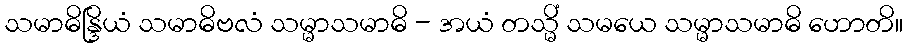
သမာဓိန္ဒြိယံ သမာဓိဗလံ သမ္မာသမာဓိ - အယံ တသ္မိံ သမယေ သမ္မာသမာဓိ ဟောတိ။